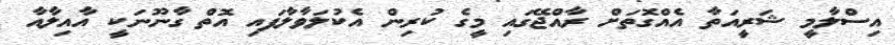
އިސްލާމީ ޝަރީއަތާ އެއްގޮތަށް ރާއްޖޭގައި މީގެ ކުރިން އެކުލަވާލާފައި އޮތް ގާނޫނަކީ އާއިލާއާ